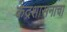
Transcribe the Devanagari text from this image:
केंद्रशासनाचा